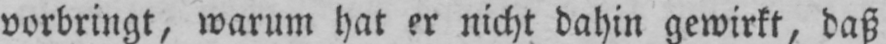
vorbringt, warum hat er nicht dahin gewirkt, daß